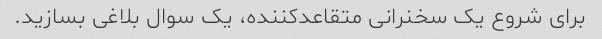
برای شروع یک سخنرانی متقاعدکننده، یک سوال بلاغی بسازید.